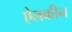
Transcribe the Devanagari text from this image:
ऐलकीन